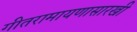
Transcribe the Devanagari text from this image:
गीतरामायणासारखी